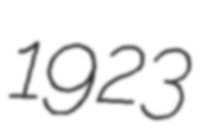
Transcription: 1923